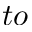
t o